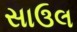
સાઉલ